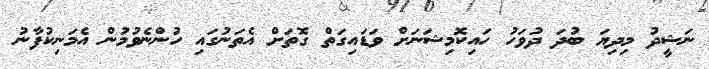
ނަޝީދު މިދިޔަ ބުދަ ދުވަހު ހައިކޮމިޝަނަށް ވަޑައިގަތް ގޮތަށް އެތަނުގައި ހުންނެވުމުން އެމަނިކުފާނު